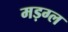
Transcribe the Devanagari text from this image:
मड़ग्ल